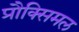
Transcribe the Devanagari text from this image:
प्रौक्सिमल